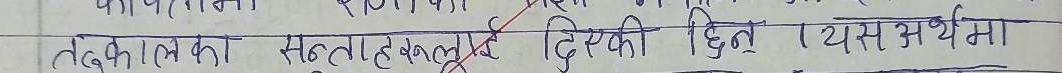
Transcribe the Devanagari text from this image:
तत्‌काल का सल्लाह हेतु जिसकी दिन यस अर्थमा